Report of the Indian Hemp Drugs Commission, 1894-1895 - Volume VII
Year: 1894
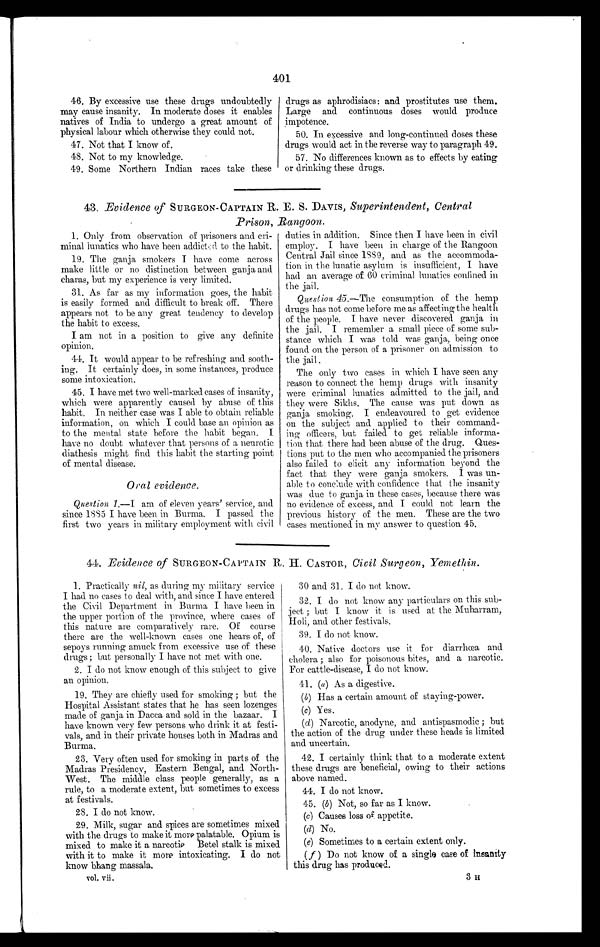
401
46. By excessive use these drugs undoubtedly
may cause insanity. In moderate doses it enables
natives of India to undergo a great amount of
physical labour which otherwise they could not.
47. Not that I know of.
48. Not to my knowledge.
49. Some Northern Indian races take these
drugs as aphrodisiacs: and prostitutes use them.
Large and continuous doses would produce
impotence.
50. In excessive and long-continued doses these
drugs would act in the reverse way to paragraph 49.
57. No differences known as to effects by eating
or drinking these drugs.
43. Evidence of SURGEON-CAPTAIN R. E. S. DAVIS, Superintendent, Central
Prison, Rangoon.
1. Only from observation of prisoners and cri-
minal lunatics who have been addicted to the habit.
19. The ganja smokers I have come across
make little or no distinction between ganja and
charas, but my experience is very limited.
31. As far as my information goes, the habit
is easily formed and difficult to break off. There
appears not to be any great tendency to develop
the habit to excess.
I am not in a position to give any definite
opinion.
44. It would appear to be refreshing and sooth-
ing. It certainly does, in some instances, produce
some intoxication.
45. I have met two well-marked cases of insanity,
which were apparently caused by abuse of this
habit. In neither case was I able to obtain reliable
information, on which I could base an opinion as
to the mental state before the habit began. I
have no doubt whatever that persons of a neurotic
diathesis might find this habit the starting point
of mental disease.
O r a l e v i d e n c e .
Question 1.— I a m o f e l e v e n y e a r s ' s e r v i c e , a n d
since 1885 I have been in Burma. I passed the
first two years in military employment with civil
duties in addition. Since then I have been in civil
employ. I have been in charge of the Rangoon
Central Jail since 1889, and as the accommoda-
tion in the lunatic asylum is insufficient, I have
had an average of 60 criminal lunatics confined in
the jail.
Question 45. —The consumption of the hemp
drugs has not come before me as affecting the health
of the people. I have never discovered ganja in
the jail. I remember a small piece of some sub-
stance which I was told was ganja, being once
found on the person of a prisoner on admission to
the jail.
The only two cases in which I have seen any
reason to connect the hemp drugs with insanity
were criminal lunatics admitted to the jail, and
they were Sikhs. The cause was put down as
ganja smoking. I endeavoured to get evidence
on the subject and applied to their command-
ing officers, but failed to get reliable informa-
tion that there had been abuse of the drug. Ques-
tions put to the men who accompanied the prisoners
also failed to elicit any information beyond the
fact that they were ganja smokers. I was un-
able to conclude with confidence that the insanity
was due to ganja in these cases, because there was
no evidence of excess, and I could not learn the
previous history of the men. These are the two
cases mentioned in my answer to question 45.
44. Evidence of SURGEON-CAPTAIN R. H. CASTOR, Civil Surgeon, Yemethin.
1. Practically nil, as during my military service
I had no cases to deal with, and since I have entered
the Civil Department in Burma I have been in
the upper portion of the province, where cases of
this nature are comparatively rare. Of course
there are the well-known cases one hears of, of
sepoys running amuck from excessive use of these
drugs ; but personally I have not met with one.
2. I do not know enough of this subject to give
an opinion.
19. They are chiefly used for smoking ; but the
Hospital Assistant states that he has seen lozenges
made of ganja in Dacca and sold in the bazaar. I
have known very few persons who drink it at festi-
vals, and in their private houses both in Madras and
Burma.
23. Very often used for smoking in parts of the
Madras Presidency, Eastern Bengal, and North-
West. The middle class people generally, as a
rule, to a moderate extent, but sometimes to excess
at festivals.
2 8 . I d o n o t k n o w .
29. Milk, sugar and spices are sometimes mixed
with the drugs to make it more palatable. Opium is
mixed to make it a narcotic Betel stalk is mixed
with it to make it more intoxicating. I do not
know bhang massala.
vol. vii.
30 and 31. I do not know.
32. I do not know any particulars on this sub-
ject ; but I know it is used at the Muharram,
Holi, and other festivals.
39. I do not know.
40. Native doctors use it for diarrhœa and
cholera ; also for poisonous bites, and a narcotic.
For cattle-disease, I do not know.
41. (a ) As a digestive.
(b) Has a certain amount of staying-power.
(c) Yes.
(d) Narcotic, anodyne, and antispasmodic ; but
the action of the drug under these heads is limited
and uncertain.
42. I certainly think that to a moderate extent
these drugs are beneficial, owing to their actions
above named.
44. I do not know.
45. (b) Not, so far as I know.
(c) Causes loss of appetite.
(d) No.
(e) Sometimes to a certain extent only.
( f ) Do not know of a single case of insanity
this drug has produced.
3 H